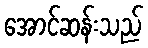
အောင်ဆန်းသည်